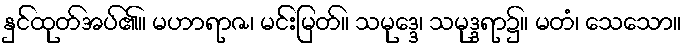
နှင်ထုတ်အပ်၏။ မဟာရာဇ၊ မင်းမြတ်။ သမုဒ္ဒေ၊ သမုဒ္ဒရာ၌။ မတံ၊ သေသော။